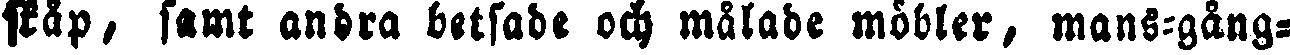
skåp, samt andra betsade och målade möbler, mans-gång-